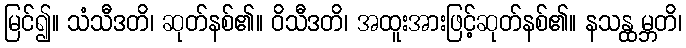
မြင်၍။ သံသီဒတိ၊ ဆုတ်နစ်၏။ ဝိသီဒတိ၊ အထူးအားဖြင့်ဆုတ်နစ်၏။ နသန္ထမ္ဘတိ၊